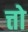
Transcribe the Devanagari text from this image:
त्तो